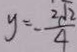
y = - \frac { 2 \sqrt { 2 } } { 4 }